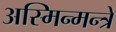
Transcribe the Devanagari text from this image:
अस्मिन्मन्त्रे